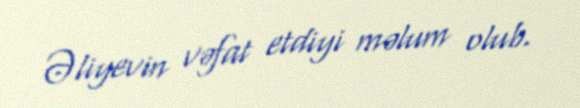
Əliyevin vəfat etdiyi məlum olub.